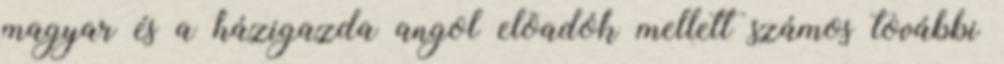
magyar és a házigazda angol elõadók mellett számos további